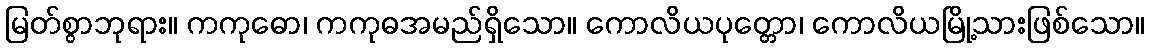
မြတ်စွာဘုရား။ ကကုဓော၊ ကကုဓအမည်ရှိသော။ ကောလိယပုတ္တော၊ ကောလိယမြို့သားဖြစ်သော။